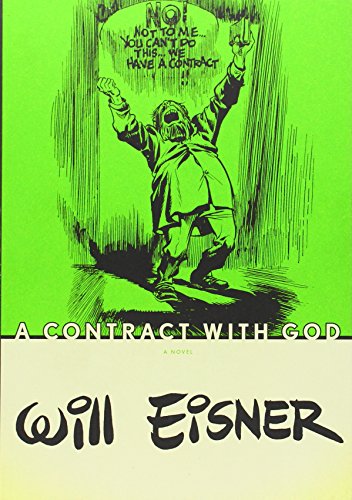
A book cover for A Contract with God; Will Eisner; Comics & Graphic Novels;